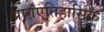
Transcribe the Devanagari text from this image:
प्रागएतिहासिक